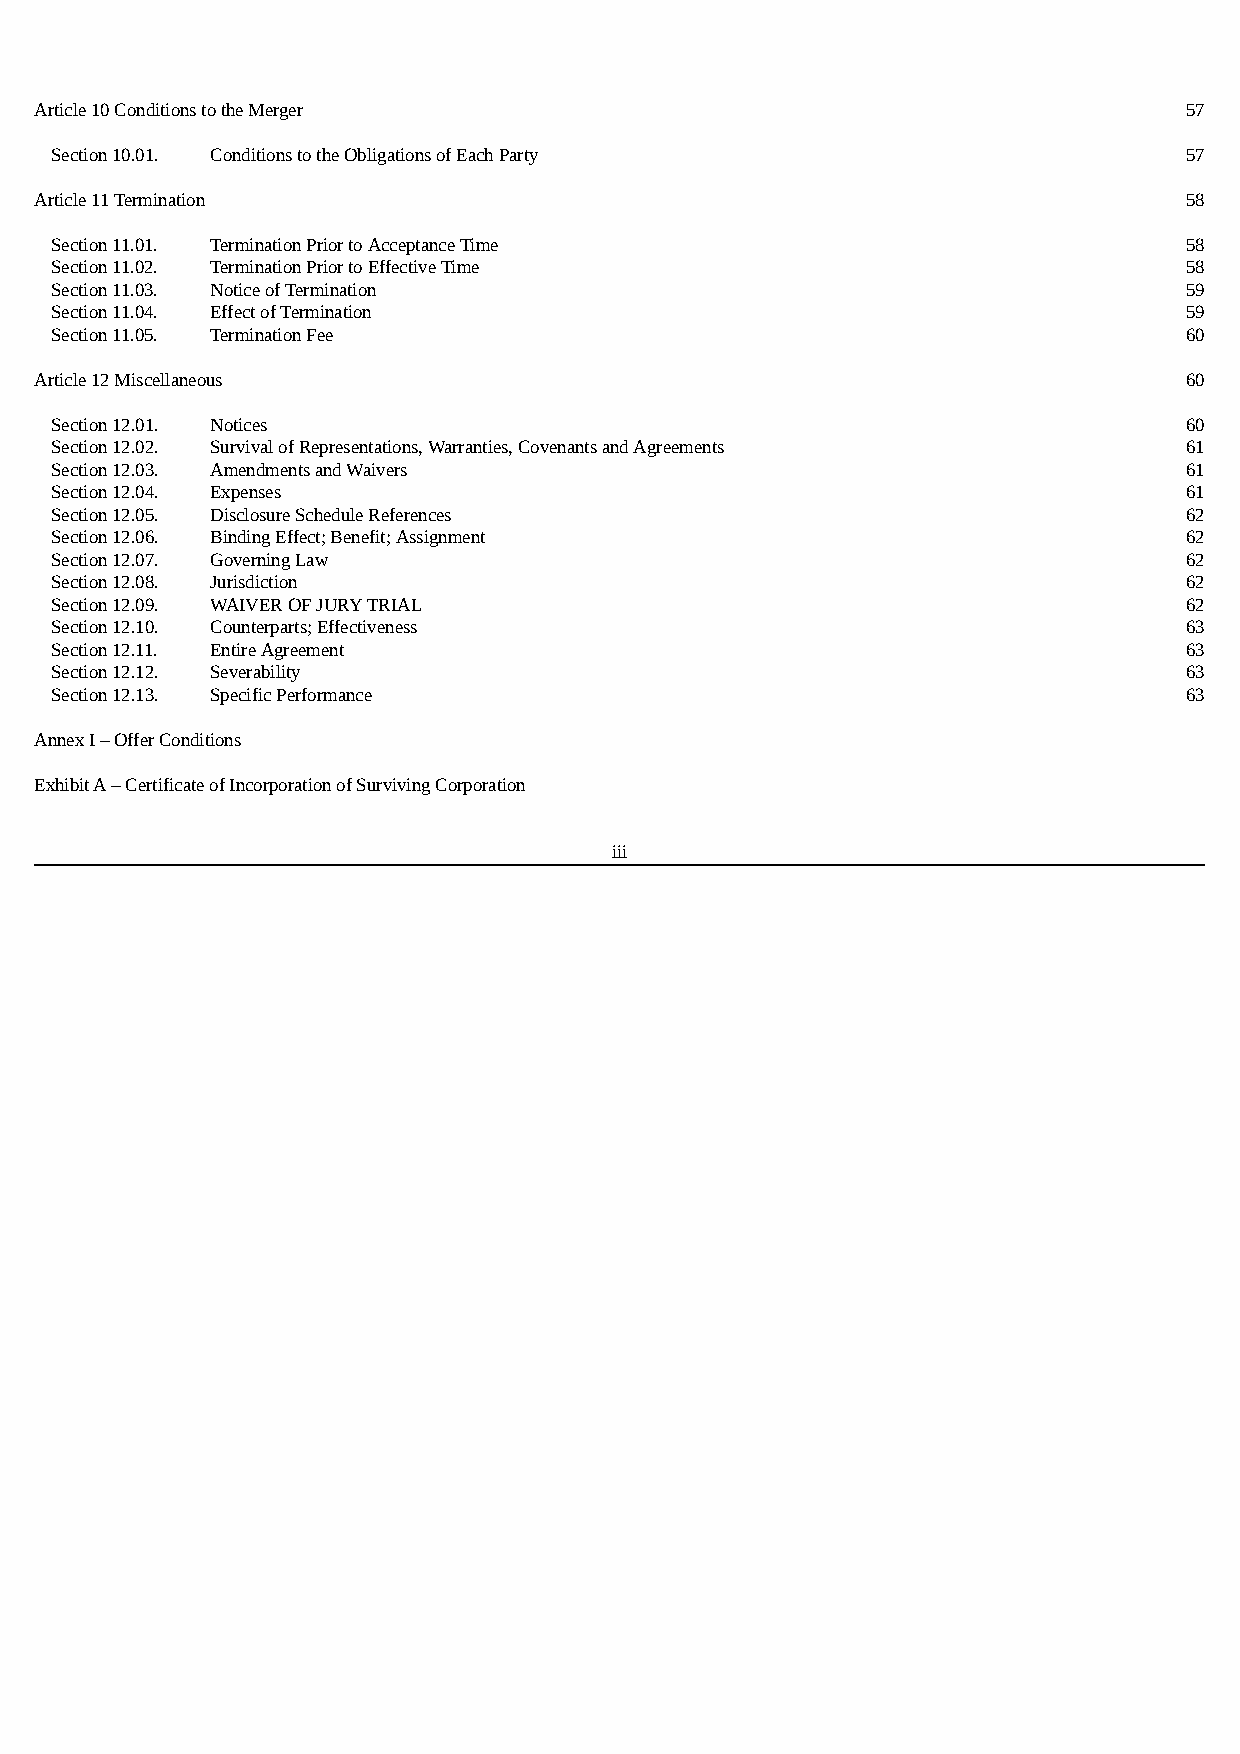
Article 10 Conditions to the Merger                                         57
 Section 10.01. Conditions to the Obligations of Each Party                 57
 Article 11 Termination                                                      58
 Section 11.01. Termination Prior to Acceptance Time                        58
 Section 11.02. Termination Prior to Effective Time                         58
 Section 11.03. Notice of Termination                                       59
 Section 11.04. Effect of Termination                                       59
 Section 11.05. Termination Fee                                             60
 Article 12 Miscellaneous                                                    60
 Section 12.01. Notices                                                     60
 Section 12.02. Survival of Representations, Warranties, Covenants and Agreements 61
 Section 12.03. Amendments and Waivers                                      61
 Section 12.04. Expenses                                                    61
 Section 12.05. Disclosure Schedule References                              62
 Section 12.06. Binding Effect; Benefit; Assignment                         62
 Section 12.07. Governing Law                                               62
 Section 12.08. Jurisdiction                                                62
 Section 12.09. WAIVER OF JURY TRIAL                                        62
 Section 12.10. Counterparts; Effectiveness                                 63
 Section 12.11. Entire Agreement                                            63
 Section 12.12. Severability                                                63
 Section 12.13. Specific Performance                                        63
 Annex I – Offer Conditions
 Exhibit A – Certificate of Incorporation of Surviving Corporation
 iii